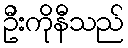
ဦးကိုနီသည်